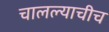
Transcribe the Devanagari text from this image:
चालल्याचीच